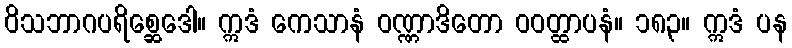
ဝိသဘာဂပရိစ္ဆေဒေါ။ ဣဒံ ကေသာနံ ဝဏ္ဏာဒိတော ဝဝတ္ထာပနံ။ ၁၈၃။ ဣဒံ ပန